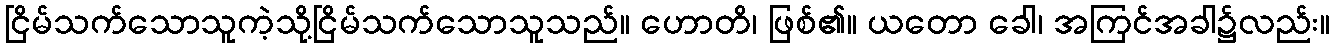
ငြိမ်သက်သောသူကဲ့သို့ငြိမ်သက်သောသူသည်။ ဟောတိ၊ ဖြစ်၏။ ယတော ခေါ၊ အကြင်အခါ၌လည်း။